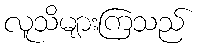
လူသိများကြသည်